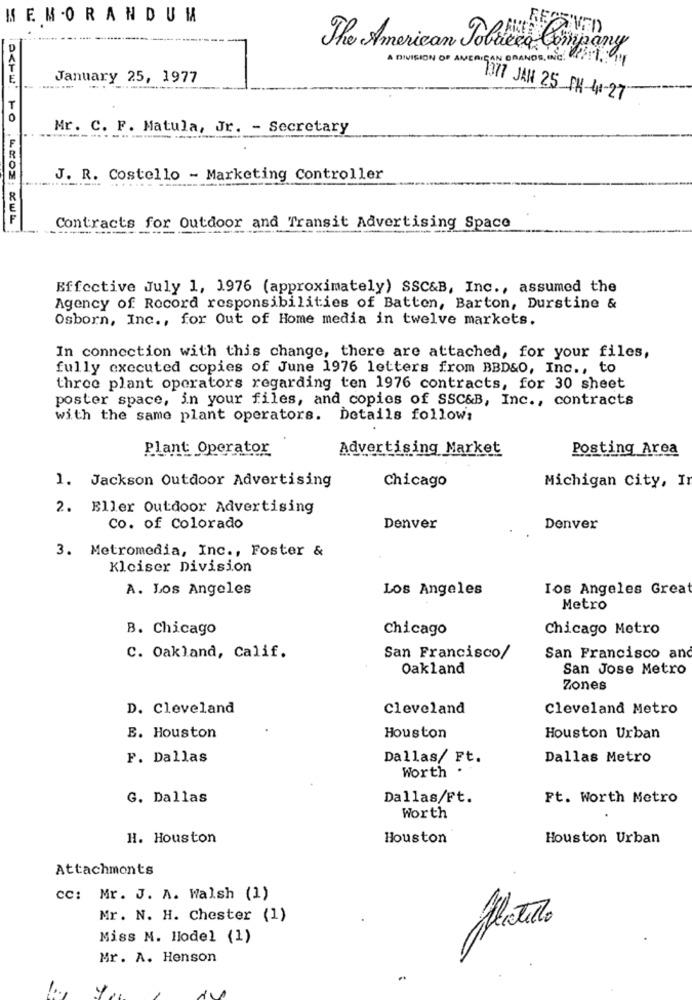
MEMORANDUM
RE
The American Tobacco Company
A DIVISION OF AMERICAN GRANDS, INC.
January 25, 1977
1077 JAN 25 PH-4-27
Mr. C. F. Matula, Jr. - Secretary
-----
J. R. Costello - Marketing Controller
Contracts for Outdoor and Transit Advertising Space
Effective July 1, 1976 (approximately) SSC&B, Inc ., assumed the
Agency of Record responsibilities of Batten, Barton, Durstine &
Osborn, Inc ., for Out of Home media in twelve markets.
In connection with this change, there are attached, for your files,
fully executed copies of June 1976 letters from BBD&O, Inc ., to
three plant operators regarding ten 1976 contracts, for 30 sheet
poster space, in your files, and copies of SSC&B, Inc ., contracts
with the same plant operators. Details follows
Plant Operator
Advertising Market
Posting Area
1. Jackson Outdoor Advertising
Chicago
Michigan City, Ir
2. Eller Outdoor Advertising
Co. of Colorado
Denver
Denver
3. Metromedia, Inc ., Foster &
Kleiser Division
A. Los Angeles
Los Angeles
los Angeles Great
Metro
B. Chicago
Chicago
Chicago Metro
C. Oakland, Calif.
San Francisco/
San Francisco and
Oakland
San Jose Metro
Zones
D. Cleveland
Cleveland
Cleveland Metro
E. Houston
Houston
Houston Urban
F. Dallas
Dallas/ Ft.
Dallas Metro
Worth .
G. Dallas
Dallas/Ft.
Ft. Worth Metro
Worth
H. Houston
Houston
Houston Urban
Attachments
cc: Mr. J. A. Walsh (1)
Mr. N. H. Chester (1)
Miss M. Hodel (1)
Platero
Mr. A. Henson
Y